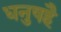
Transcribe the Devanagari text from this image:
धनुषहै